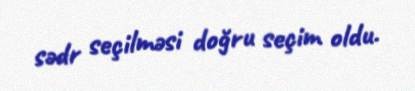
sədr seçilməsi doğru seçim oldu.